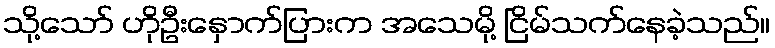
သို့သော် ဟိုဦးနှောက်ပြားက အသေမို့ ငြိမ်သက်နေခဲ့သည်။